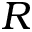
R